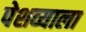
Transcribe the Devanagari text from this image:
पेशव्याला